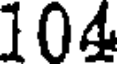
104